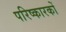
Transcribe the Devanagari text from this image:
परिष्कारकों